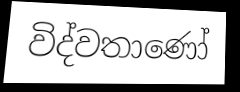
විද්වතාණෝ